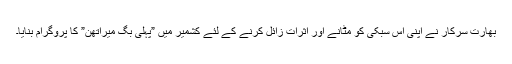
بھارت سرکار نے اپنی اس سبکی کو مٹانے اور اثرات زائل کرنے کے لئے کشمیر میں ”پہلی بگ میراتھن” کا پروگرام بنایا۔